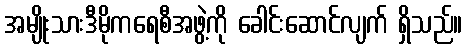
အမျိုးသားဒီမိုကရေစီအဖွဲ့ကို ခေါင်းဆောင်လျက် ရှိသည်။